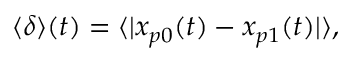
\begin{array} { r } { \langle \delta \rangle ( t ) = \langle | \boldsymbol { x } _ { p 0 } ( t ) - \boldsymbol { x } _ { p 1 } ( t ) | \rangle , } \end{array}